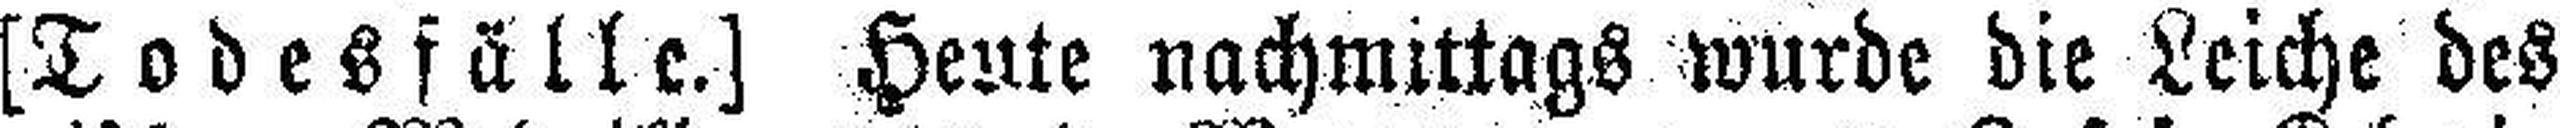
[Todesfälle.] Heute nachmittags wurde die Leiche des